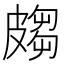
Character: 𭽲